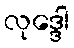
လုဒ္ဒေါ